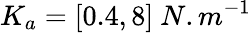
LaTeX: K_{a}=[0.4,8]~N.m^{-1}